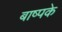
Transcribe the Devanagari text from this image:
बाष्पके